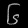
Digit: ၆